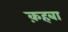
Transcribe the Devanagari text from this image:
क़हबा